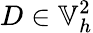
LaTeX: D\in\mathbb{V}_{h}^{2}